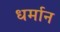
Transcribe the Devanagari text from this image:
धर्मान